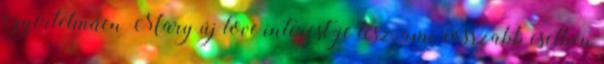
egyértelműen Mary új love interest-je lesz, ami rosszabb esetben